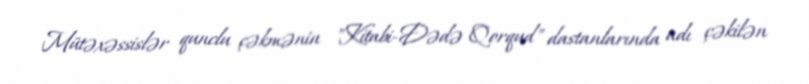
Mütəxəssislər qunclu çəkmənin "Kitabi-Dədə Qorqud" dastanlarında adı çəkilən